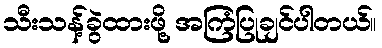
သီးသန့်ခွဲထားဖို့ အကြံပြုချင်ပါတယ်။